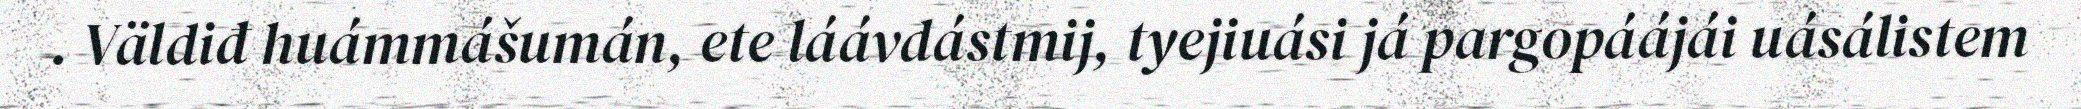
. Väldiđ huámmášumán, ete láávdástmij, tyejiuási já pargopáájái uásálistem